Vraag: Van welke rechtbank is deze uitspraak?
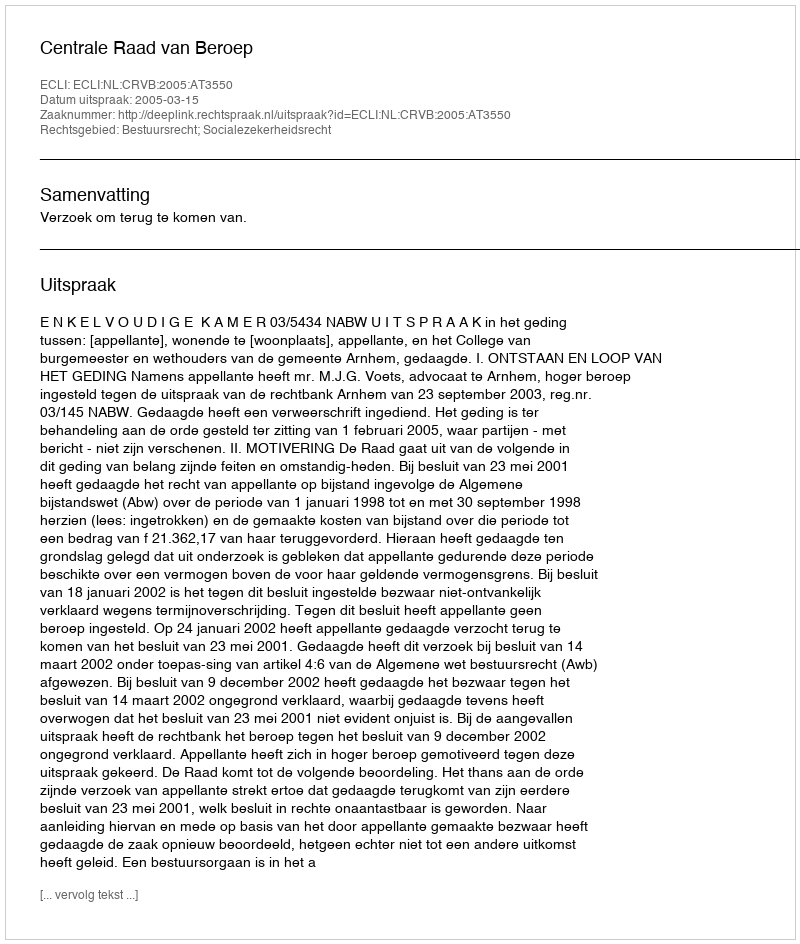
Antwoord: Centrale Raad van Beroep